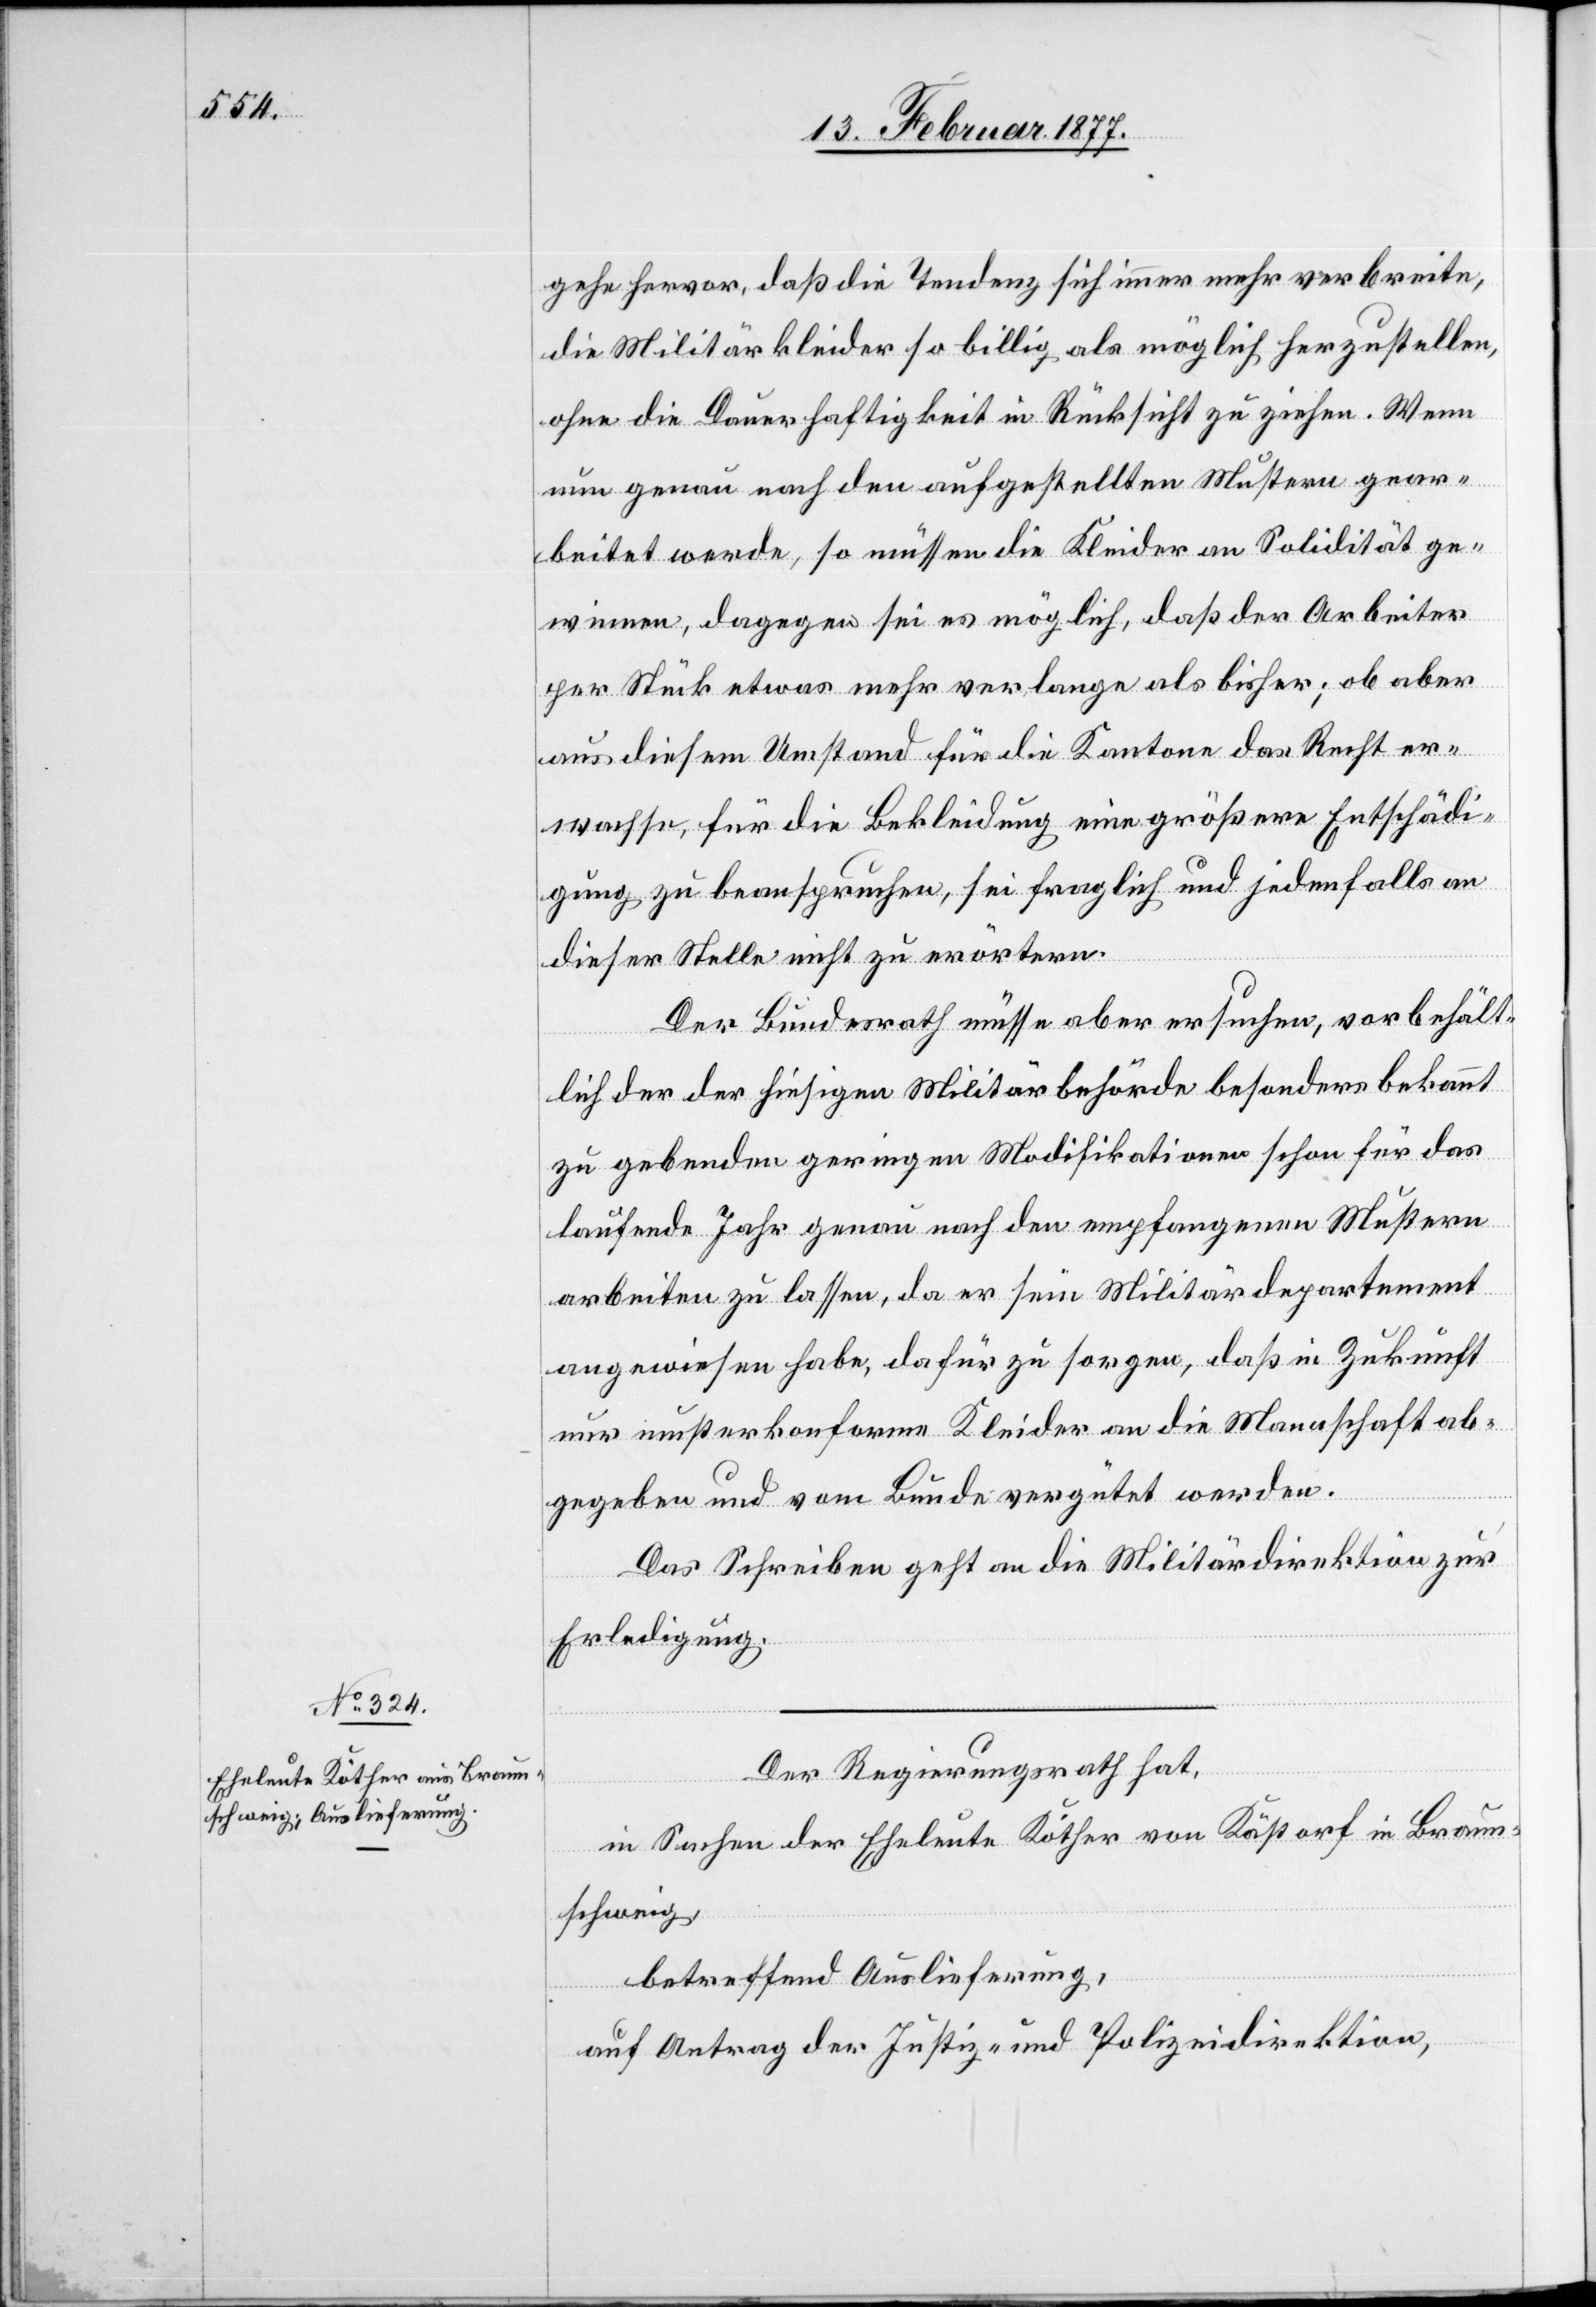
15. Februar 1877.]
gehe hervor, daß die Tendenz sich immer mehr verbreite,
die Militärkleider so billig als möglich herzustellen,
ohne die Dauerhaftigkeit in Rücksicht zu ziehen. Wenn
nun genau nach den aufgestellten Mustern gear¬
beitet werde, so müssen die Kleider an Solidität ge¬
winnen, dagegen sei es möglich, daß der Arbeiter
per Stück etwas mehr verlange als bisher; ob aber
aus diesem Umstand für die Kantone das Recht er¬
wachse, für die Bekleidung eine größere Entschädi¬
gung zu beanspruchen, sei fraglich und jedenfalls an
dieser Stelle nicht zu erörtern.
Der Bundesrath müsse aber ersuchen, vorbehält¬
lich der der hiesigen Militärbehörde besonders bekannt
zu gebenden geringen Modifikationen schon für das
laufende Jahr genau nach den empfangenen Mustern
arbeiten zu lassen, da er sein Militärdepartement
angewiesen habe, dafür zu sorgen, daß in Zukunft
nur musterkonforme Kleider an die Mannschaft ab¬
gegeben und vom Bunde vergütet werde.
Das Schreiben geht an die Militärdirektion zur
Erledigung.
Der Regierungsrath hat,
in Sachen der Eheleute Köther von Kästorf in Braun¬
schweig,
betreffend Auslieferung,
auf Antrag der Justiz- und Polizeidirektion,